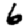
Digit: 6